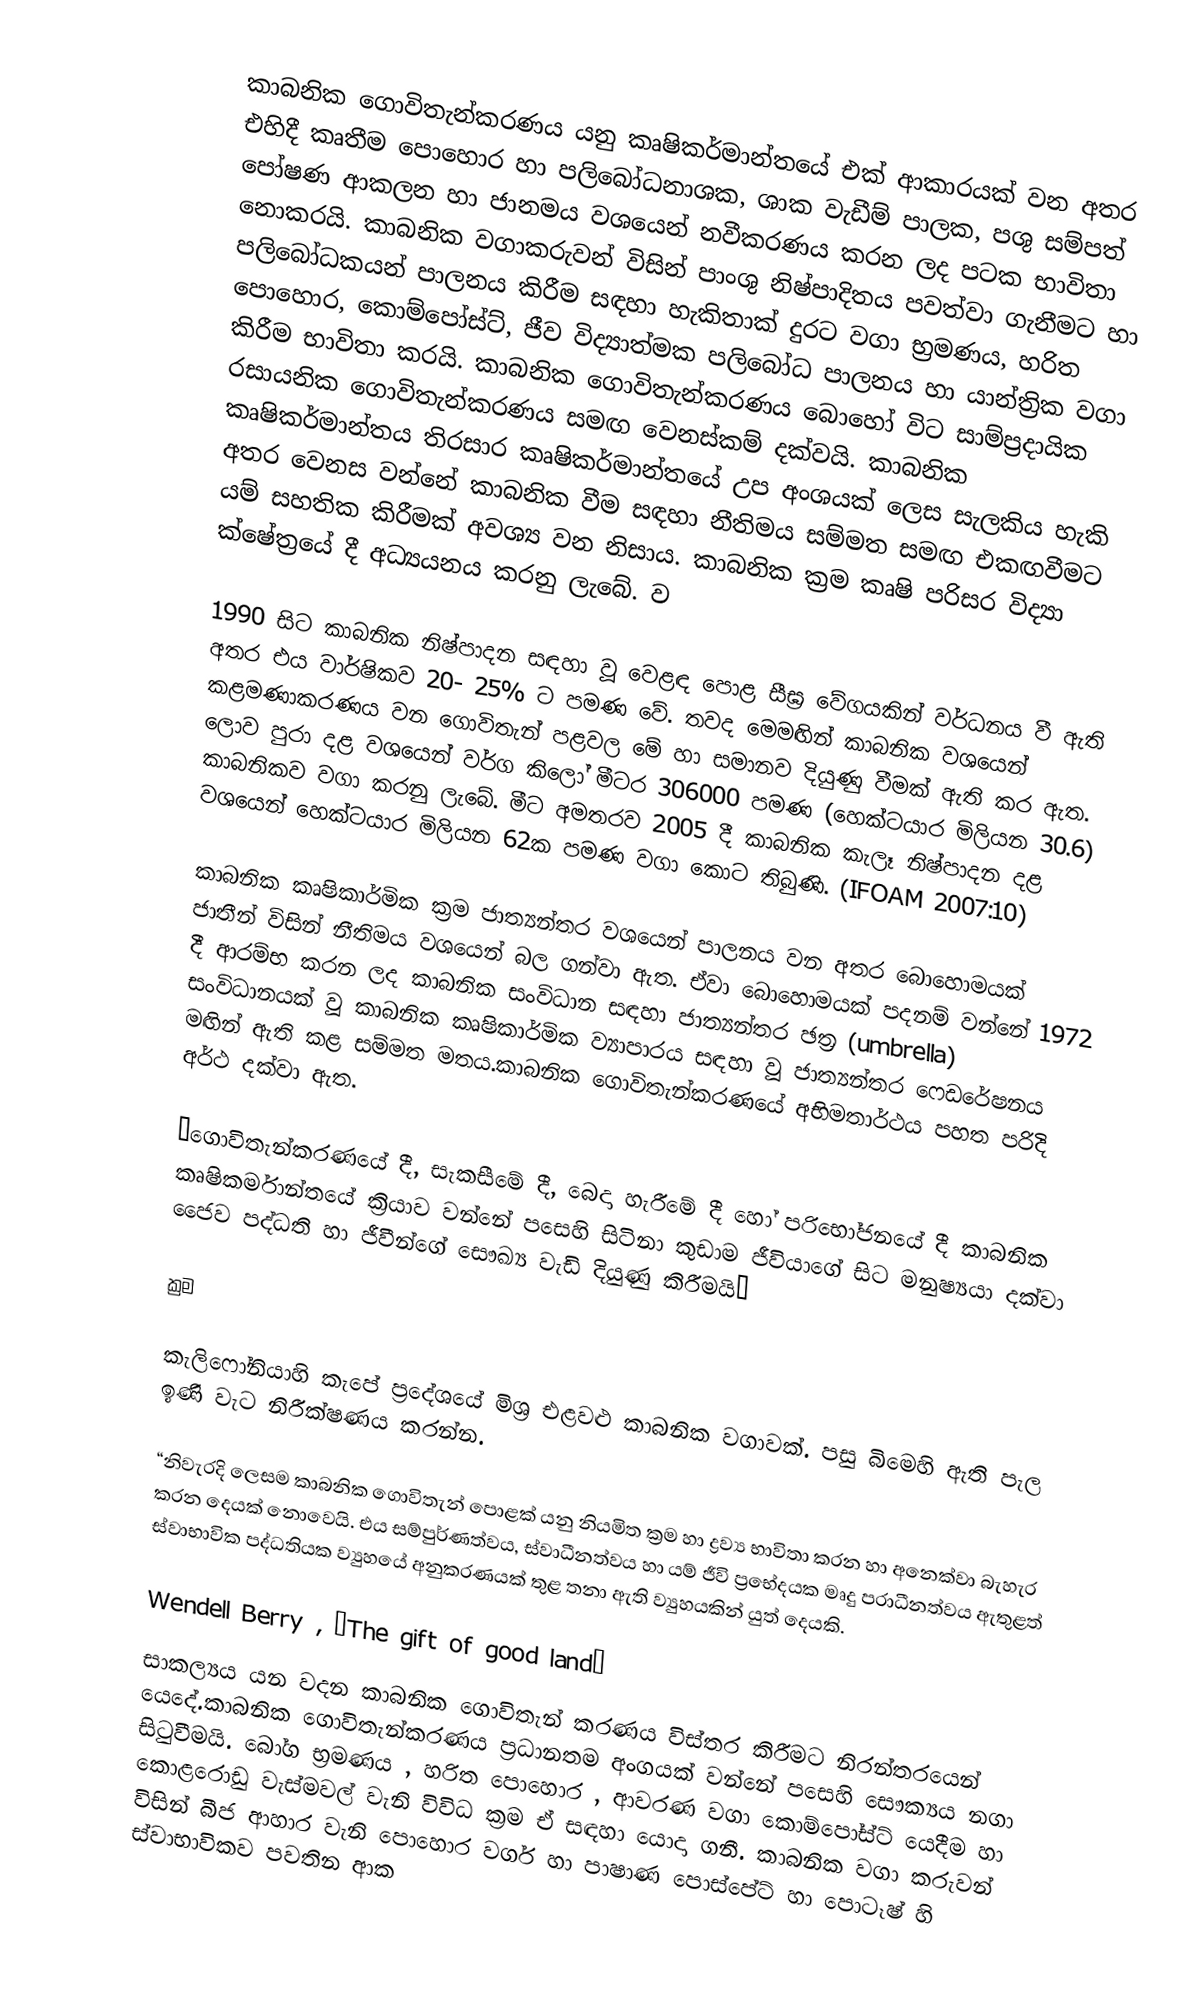
කාබනික ගොවිතැන්කරණය යනු කෘෂිකර්මාන්තයේ එක් ආකාරයක් වන අතර එහිදී කෘතීම පොහොර හා පලිබෝධනාශක, ශාක වැඩීම් පාලක, පශු සම්පත් පෝෂණ ආකලන හා ජානමය වශයෙන් නවීකරණය කරන ලද පටක භාවිතා නොකරයි. කාබනික වගාකරුවන් විසින් පාංශු නිෂ්පාදිතය පවත්වා ගැනීමට හා පලිබෝධකයන් පාලනය කිරීම සඳහා හැකිතාක් දුරට වගා භ්‍රමණය, හරිත පොහොර, කොම්පෝස්ට්, ජීව විද්‍යාත්මක පලිබෝධ පාලනය හා යාන්ත්‍රික වගා කිරීම භාවිතා කරයි. කාබනික ගොවිතැන්කරණය බොහෝ විට සාම්ප්‍රදායික රසායනික ගොවිතැන්කරණය සමඟ වෙනස්කම් දක්වයි. කාබනික කෘෂිකර්මාන්තය තිරසාර කෘෂිකර්මාන්තයේ උප අංශයක් ලෙස සැලකිය හැකි අතර වෙනස වන්නේ කාබනික වීම සඳහා නීතිමය සම්මත සමඟ එකඟවීමට යම් සහතික කිරීමක් අවශ්‍ය වන නිසාය. කාබනික ක්‍රම කෘෂි පරිසර විද්‍යා ක්ෂේත්‍රයේ දී අධ්‍යයනය කරනු ලැබේ. ව

1990 සිට කාබනික නිෂ්පාදන සඳහා වූ වෙළඳ පොළ සීඝ්‍ර වේගයකින් වර්ධනය වී ඇති අතර එය වාර්ෂිකව 20- 25% ට පමණ වේ. තවද මෙමඟින් කාබනික වශයෙන් කළමණාකරණය වන ගොවිතැන් පළවල මේ හා සමානව දියුණු වීමක් ඇති කර ඇත. ලොව පුරා දළ වශයෙන් වර්ග කිලෝ මීටර 306000 පමණ (හෙක්ටයාර මිලියන 30.6) කාබනිකව වගා කරනු ලැබේ. මීට අමතරව 2005 දී කාබනික කැලෑ නිෂ්පාදන දළ වශයෙන් හෙක්ටයාර මිලියන 62ක පමණ වගා කොට තිබුණි. (IFOAM 2007:10)

කාබනික කෘෂිකාර්මික ක්‍රම ජාත්‍යන්තර වශයෙන් පාලනය වන අතර බොහොමයක් ජාතීන් විසින් නීතිමය වශයෙන් බල ගන්වා ඇත. ඒවා බොහොමයක් පදනම් වන්නේ 1972 දී ආරම්භ කරන ලද කාබනික සංවිධාන සඳහා ජාත්‍යන්තර ඡත්‍ර (umbrella) සංවිධානයක් වූ කාබනික කෘෂිකාර්මික ව්‍යාපාරය සඳහා වූ ජාත්‍යන්තර ෆෙඩරේෂනය මඟින් ඇති කළ සම්මත මතය.කාබනික ගොවිතැන්කරණයේ අභිමතාර්ථය පහත පරිදි අර්ථ දක්වා ඇත.

“ගොවිතැන්කරණයේ දී, සැකසීමේ දී, බෙදා හැරීමේ දී හෝ පරිභෝජනයේ දී කාබනික කෘෂිකර්මාන්තයේ ක්‍රියාව වන්නේ පසෙහි සිටිනා කුඩාම ජීවියාගේ සිට මනුෂ්‍යයා දක්වා ජෛව පද්ධති හා ජීවීන්ගේ සෞඛ්‍ය වැඩි දියුණු කිරීමයි”

ක්‍රම

කැලිෆෝනියාහි කැපේ ප්‍රදේශයේ මිශ්‍ර එළවළු කාබනික වගාවක්. පසු බිමෙහි ඇති පැල ඉණි වැ‍ට නිරීක්ෂණය කරන්න.

“නිවැරදි ලෙසම කාබනික ගොවිතැන් පොළක් යනු නියමිත ක්‍රම හා ද්‍රව්‍ය භාවිතා කරන හා අනෙක්වා බැහැර කරන දෙයක් නොවෙයි. එය සම්පුර්ණත්වය, ස්වාධීනත්වය හා යම් ජීවි ප්‍රභේදයක මෘදු පරාධීනත්වය ඇතුළත් ස්වාභාවික පද්ධතියක ව්‍යුහයේ අනුකරණයක් තුළ තනා ඇති ව්‍යුහයකින් යුත් දෙයකි.

Wendell Berry , “The gift of good land”
සාකල්‍යය යන වදන කාබනික ගොවිතැන් කරණය විස්තර කිරීමට නිරන්තරයෙන් යෙදේ.කාබනික ගොවිතැන්කරණය ප්‍රධානතම අංගයක් වන්නේ පසෙහි සෞක්‍යය නගා සිටුවීමයි. බෝග භ්‍රමණය , හරිත පොහොර , ආවරණ වගා කොම්පෝස්ට් යෙදීම හා කොළරොඩු වැස්මවල් වැනි විවිධ ක්‍රම ඒ සඳහා යොදා ගනී. කාබනික වගා කරුවන් විසින් බීජ ආහාර වැනි පොහොර වර්ග හා පාෂාණ පොස්පේට් හා පොටෑෂ් හි ස්වාභාවිකව පවතින ආක